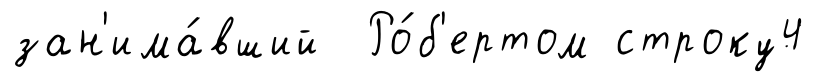
зан'има́вший Ро́б'ертом строку4